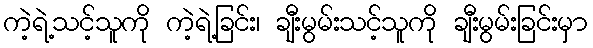
ကဲ့ရဲ့သင့်သူကို ကဲ့ရဲ့ခြင်း၊ ချီးမွမ်းသင့်သူကို ချီးမွမ်းခြင်းမှာ